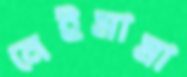
নেইমামা